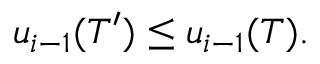
u _ { i - 1 } ( T ^ { \prime } ) \leq u _ { i - 1 } ( T ) .